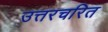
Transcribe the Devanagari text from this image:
उत्तरचरित